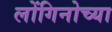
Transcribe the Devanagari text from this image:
लोंगिनोच्या